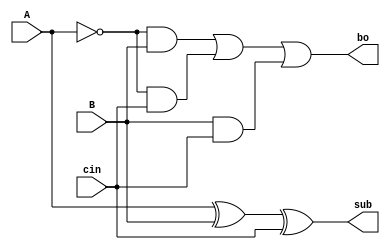
module FSstructural(A,B,cin,sub,bo);

	input A,B,cin;
	output sub,bo;

	wire out1,out2,out3,out4,out6,out7;

	and a1(out1,~A,B);
	and a2(out2,~A,cin);
	and a3(out3,B,cin);

	or a4(out4,out1,out2);
	or a5(bo,out4,out3);

	xor a6(out6,A,B);
	xor a7(sub,out6,cin);

endmodule